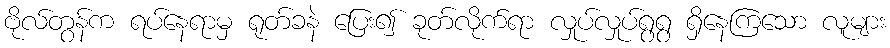
ဗိုလ်တွန်က ရပ်နေရာမှ ရုတ်ခနဲ ပြေး၍ ခုတ်လိုက်ရာ လှုပ်လှုပ်ရွရွ ရှိနေကြသော လူများ